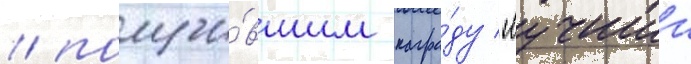
/ получи́вшим награ́ду "лучшии